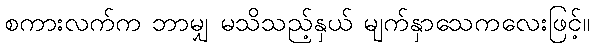
စကားလက်က ဘာမျှ မသိသည့်နှယ် မျက်နှာသေကလေးဖြင့်။